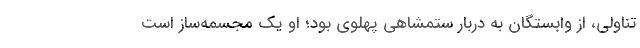
تناولی، از وابستگان به دربار ستمشاهی پهلوی بود؛ او یک مجسمه‌ساز است